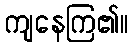
ကျနေကြ၏။